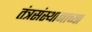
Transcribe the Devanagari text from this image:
तंत्रसंस्थानाच्या